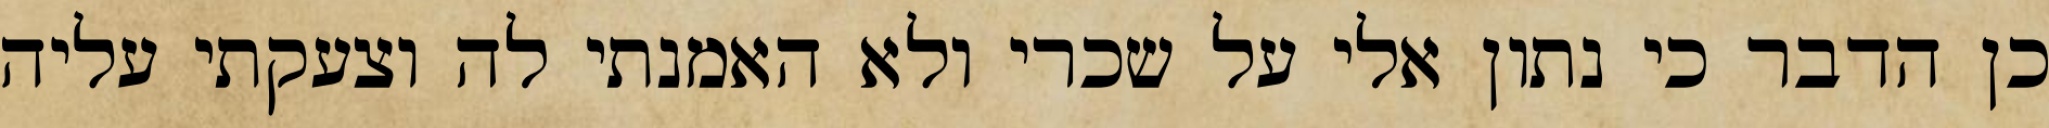
כן הדבר כי נתון אלי על שכרי ולא האמנתי לה וצעקתי עליה